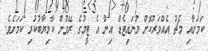
ކަމަށާއި މެޗު އެއްވަރުކޮށް ޔުނައިޓެޑް އިން އެ ޓީމުގެ ރޭވުން ކާމިޔާބުކުރި ކަމަށެވެ.